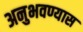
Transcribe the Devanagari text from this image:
अनुभवण्यास